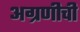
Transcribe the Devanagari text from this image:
अग्रणीची